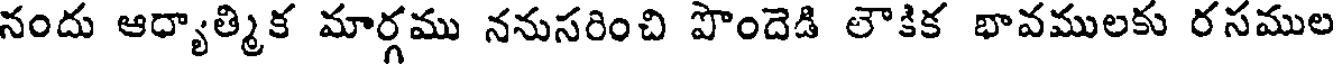
నందు ఆధ్యాత్మిక మార్గము ననుసరించి పొందెడి లౌకిక భావములకు రసముల